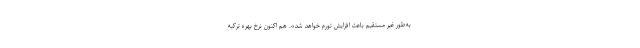
به‌طور غیر مستقیم باعث افزایش تورم خواهد شد». هم اکنون نرخ بهره ترکیه